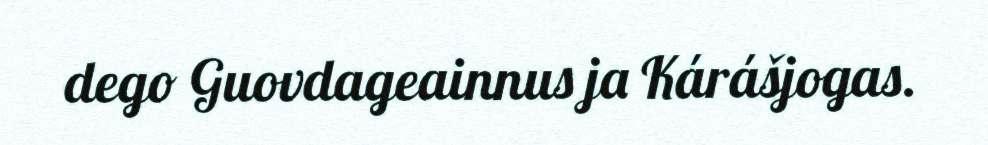
dego Guovdageainnus ja Kárášjogas.